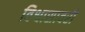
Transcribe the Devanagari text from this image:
विश्वासावरी